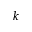
k